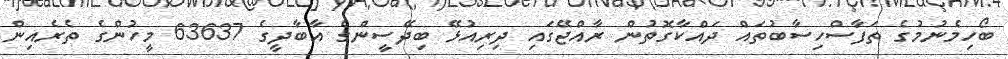
ބޯހިމެނުމުގެ ތަފާސްހިސާބުތައް ދައްކާގޮތުން ރާއްޖޭގައި ދިރިއުޅޭ ބިދޭސީންގެ އާބާދީގެ 63637 މީހުންގެ ތެރެއިން